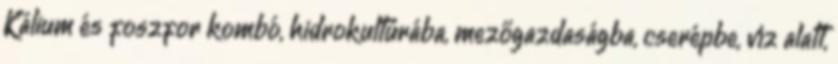
Kálium és foszfor kombó, hidrokultúrába, mezőgazdaságba, cserépbe, víz alatt,